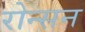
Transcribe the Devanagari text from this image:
रोन्सन